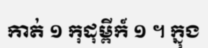
កាត់ ១ កុដុម្ពីក៍ ១ ។ ក្នុង